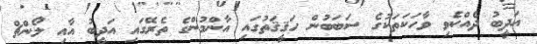
އަދީބު ދެއްކެވި ވާހަކަތަކުގެ ސަބަބުން ހަޤީޤަތުގައި އާންމުންގެ ތެރޭގައި އަދީބު އާއި ލޯންޗް